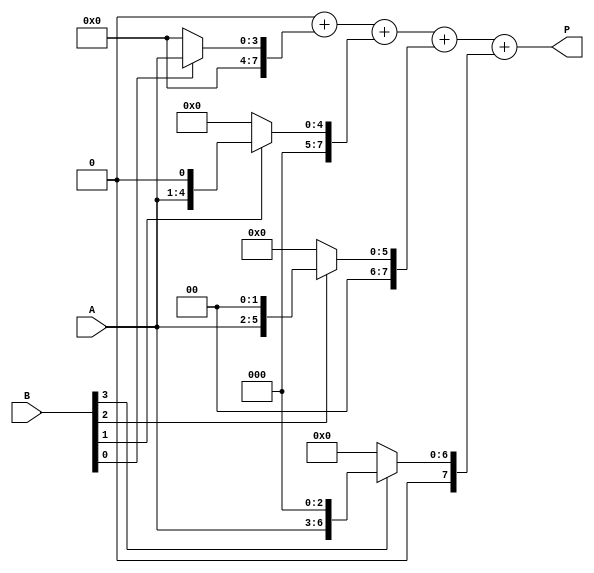
module radix2_multiplier #(parameter N = 4) (
    input  wire [N-1:0] A,         // Multiplicand
    input  wire [N-1:0] B,         // Multiplier
    output reg  [2*N-1:0] P        // Product
);

    reg [2*N-1:0] partial_products [0:N-1]; // Store partial products
    integer i;

    // Generate partial products
    always @(*) begin
        // Initialize the product to zero
        P = 0;

        // Generate partial products based on multiplier bits
        for (i = 0; i < N; i = i + 1) begin
            if (B[i]) begin
                // If the i-th bit of B is 1, generate the partial product
                partial_products[i] = A << i; // Shift A left by i
            end else begin
                partial_products[i] = 0; // Otherwise, it's zero
            end
        end

        // Sum the partial products
        for (i = 0; i < N; i = i + 1) begin
            P = P + partial_products[i]; // Accumulate partial products
        end
    end

endmodule